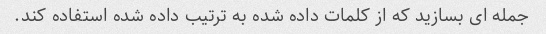
جمله ای بسازید که از کلمات داده شده به ترتیب داده شده استفاده کند.